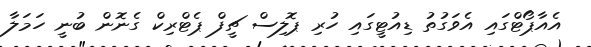
އެއާޕޯޓްގައި އެވަގުތު ޑިއުޓީގައި ހުރި ޕޮލިސް ޗީފް ޕެޓްރިކް ގެނޮން ބުނީ ހަމަލާ